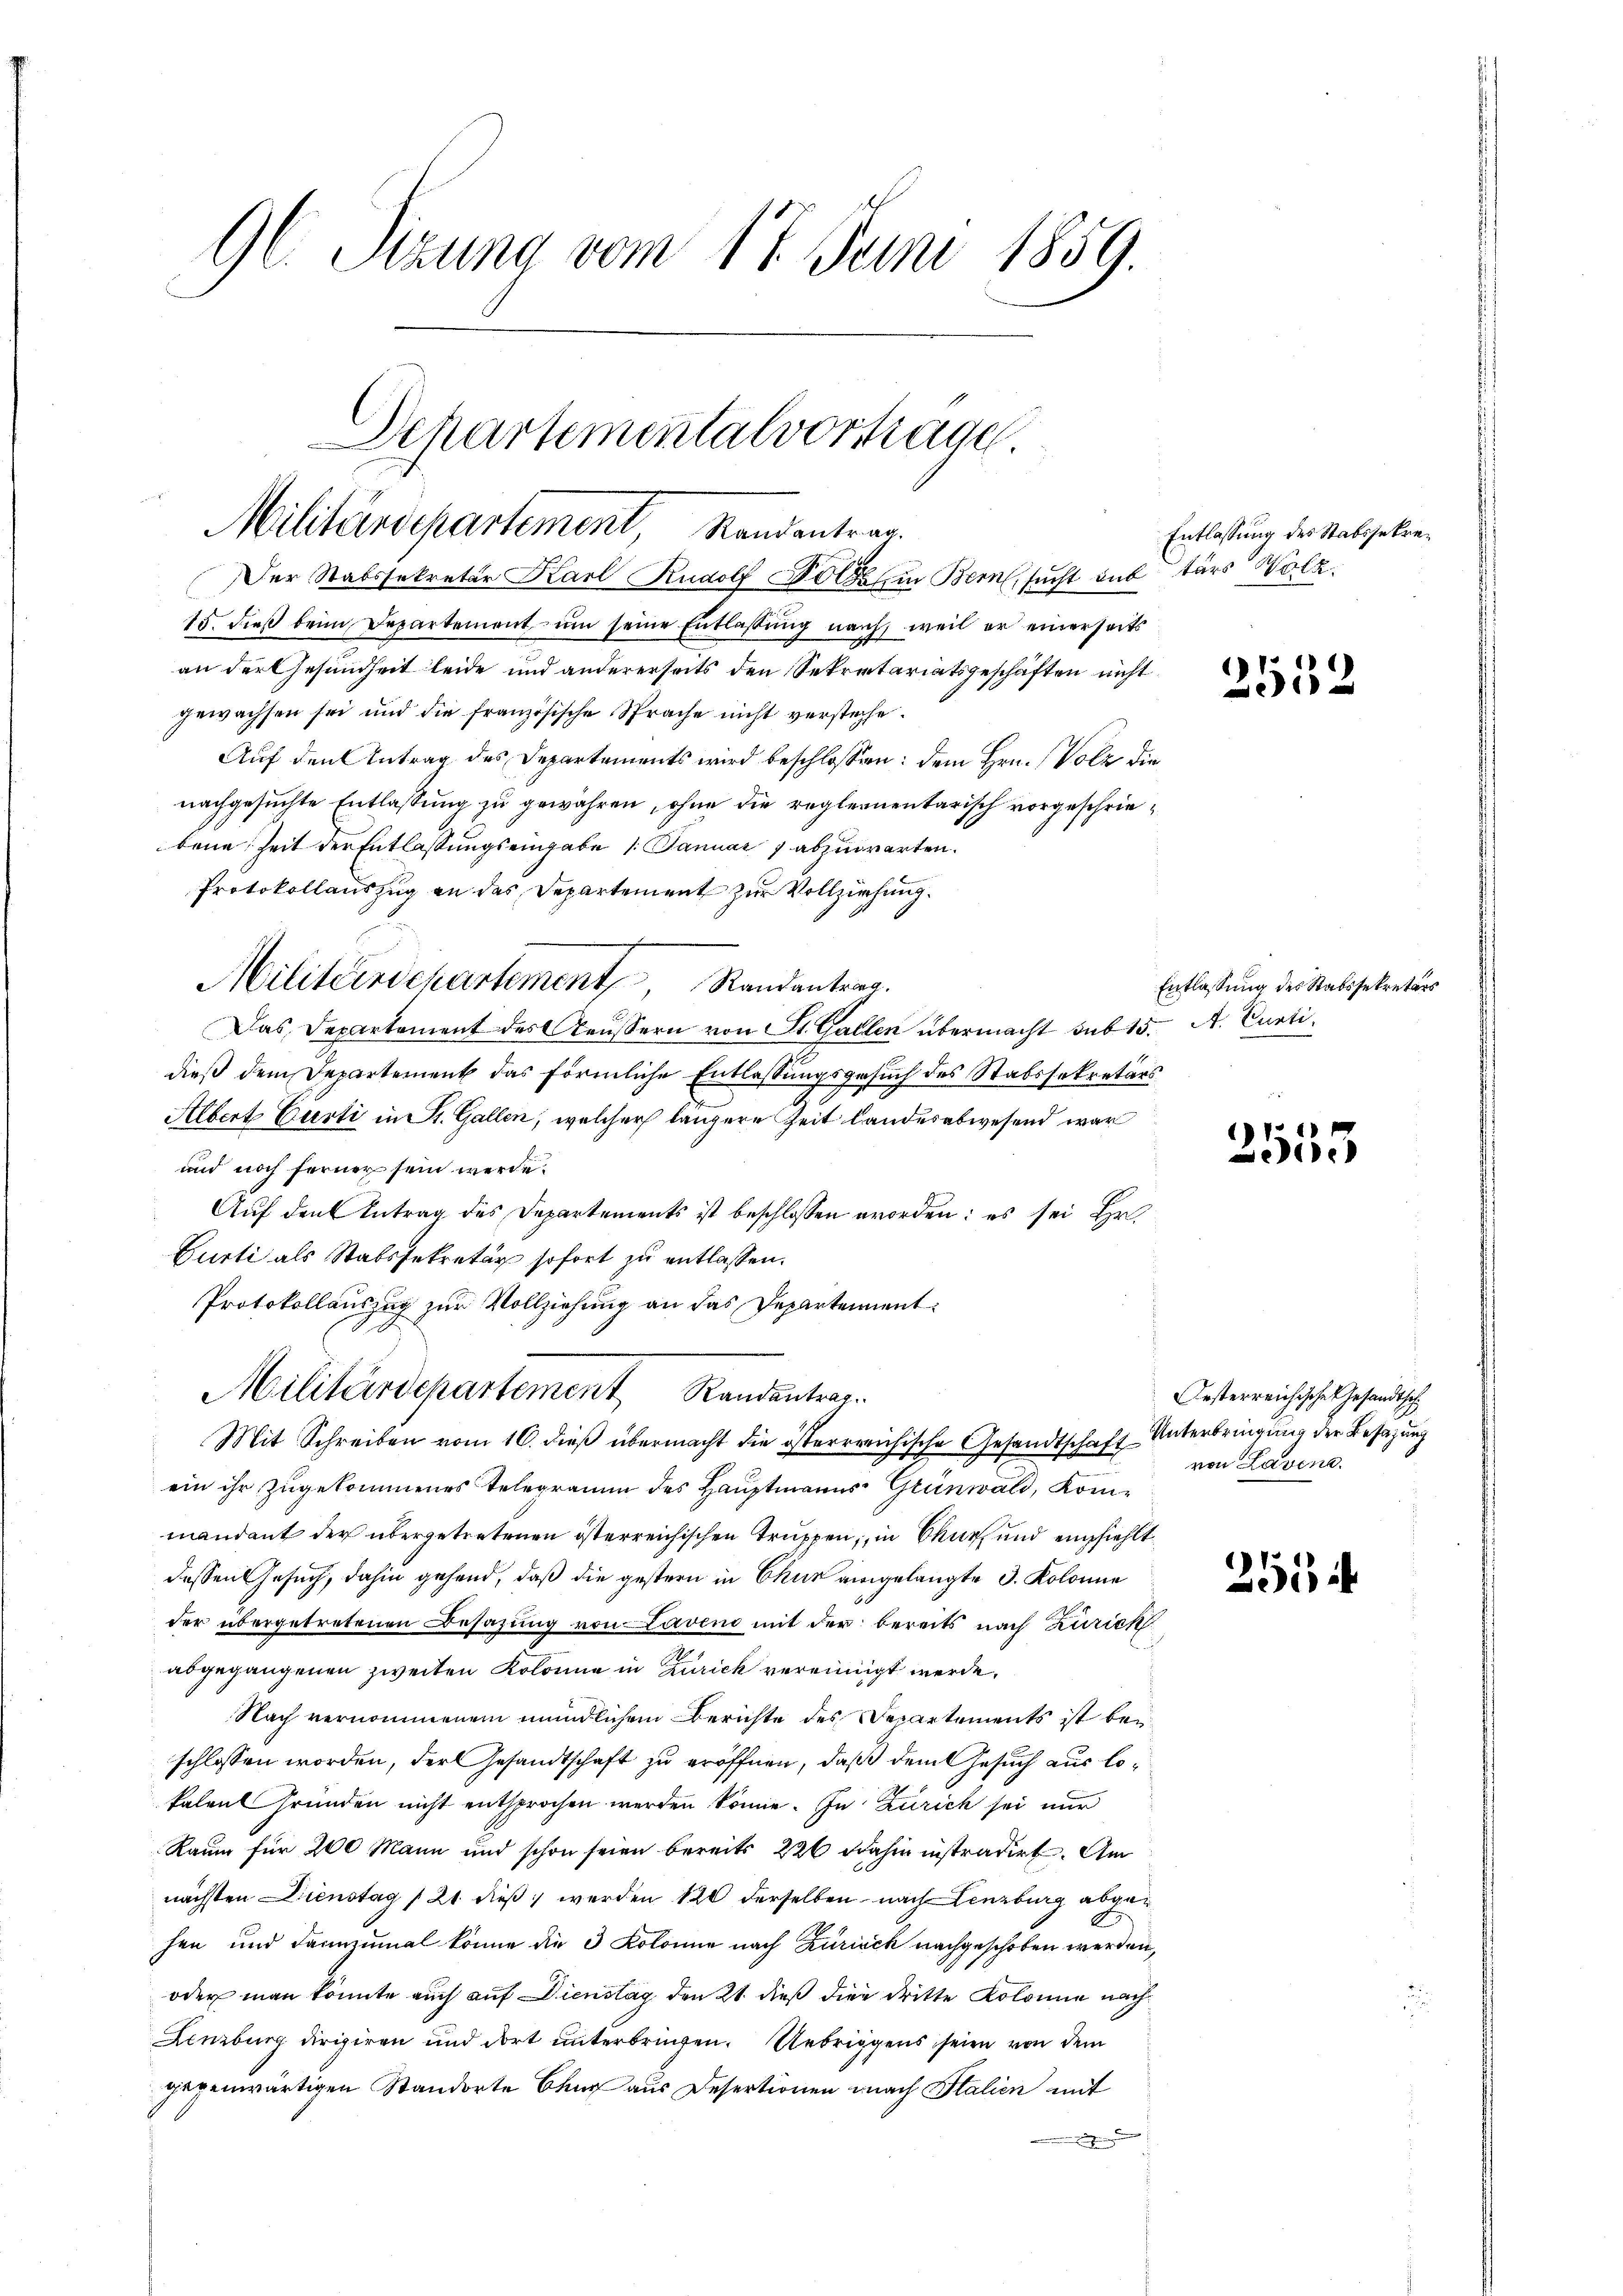
96. Sizung vom 17. Juni 1859.

Departementalvortrage.
Militärdepartement, Randantrag.

Der Stabssekretär Karl Rudolf Bolte in Bern, sucht sub
15. dieß beim Departement, um seine Entlassung nach, weil er einerseits
an der Gesundheit leide und andererseits den Sekretariatsgeschäften nicht
gewachsen sei und die französische Sprache nicht versteche.
Auf den Antrag des Departements wird beschlossen: dem Hrn. (Volz die
nachgesuchte Entlassung zu gewähren, ohne die reglernentarisch vorgeschriebene Zeit der Entlassungseingabe 1. Januar abzuwarten.
Protokollauszug an das Departement zur Vollziehung.
Militärschartement, Randantrag.
Das Departement des Aeussern von St. Gallen übermacht sub 15.
dieß dem Departement das förmliche Entlassungsgesuch des Stabssekretär¬
Albert Curti in St. Gallen, welcher längere Zeit landesabwesend war
und noch ferner sein werde.
Auf den Antrag des Departements ist beschlossen worden; es sei Hr.
Curti als Stabssekretär sofort zu entlassen.
Protokollauszug zur Vollziehung an das Departement
Militärdepartement Randantrag.
Mit Schreiben vom 16. dieß übermacht die österrreichische Gesandtschaft Unterbringung der Besazung
ein ihr zugekommenes Telegramm des Hauptmanns Grünwald, Kommandant der übergetretenen österreichischen Truppen, in Chur und empfiehlt
dessen Gesuch, dahin gehend, daß die gestern in Chur angelangte 3. Kolonie
der übergetretenen Besazung von Lavend mit der bereits nach Zurick
abgegangenen zweiten Kolonie in Zürich vereinigt werde.
Nach vernommenem mündlichem Berichte des Departements ist bei
schlossen worden, der Gesandtschaft zu eröffnen, daß dem Gesuch aus lokalent Gründen nicht entsprochen werden könne. In Zürich sei nur
Raum für 200 Mann und schon seien bereits 220 dahin instradirt. Am
nächsten Dienstag / 21 dieß werden 120 derselben nach Lenzburg abgehen und dannzumal könne die 3 Kolonie nach Zürick nachgeschoben werden,
oder man könnte auch auf Dienstag den 21. dieß die dritte Kolonie nach
Lenzburg dirigiren und dort unterbringen. Uebriggens seien von dem
gegenwärtigen Standerte Chur aus Desertionen nach Italien mit
e

Entlassung des Stabssekretars Wolk

2552

Entlassung des Stabssekretärs
A. Curti,

1
353

Oesterreichische Gesandtsch
von Lavina.

251